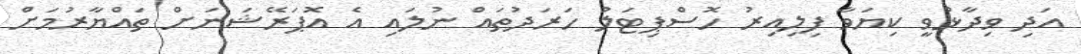
އަދި ވިދާޅުވީ ކިޔަވާ ފިލިއިރު ހޮސްޕިޓަލު ހަރަދުތައް ނުލައި އެ އޮޕަރޭޝަނަށް ތައްޔާރުމަށް